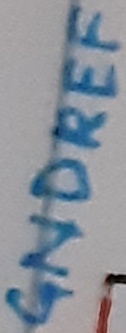
Text: GNDREF